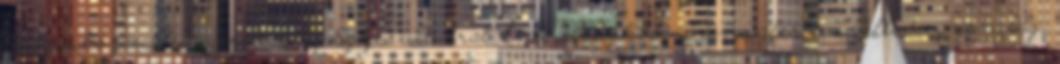
Utazásközvetlen járattal az Egyesült Arab Emirátusokba. Transzfer a szállodaegyénileg.